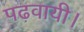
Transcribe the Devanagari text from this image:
पढ़वायी।